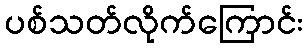
ပစ်သတ်လိုက်ကြောင်း